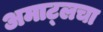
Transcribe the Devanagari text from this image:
अमाट्लचा